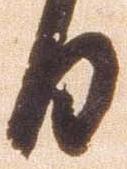
日